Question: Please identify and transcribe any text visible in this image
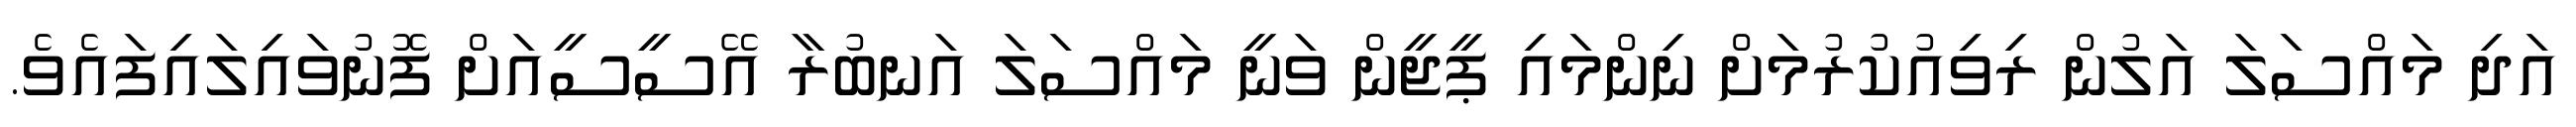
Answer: އަދި މައްސަލަ އަލުން ރިވިއުކުރުމަށް ނިންމައި ޕީޖީން ވަނީ މައްސަލަ އަނބުރާ އޭސީސީއަށް ފޮނުވައިލައިފައެވެ.